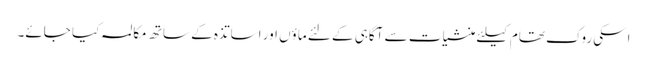
اسکی روک تھام کیلئے منشیات سے آگاہی کے لئے ماؤں اور اساتذہ کے ساتھ مکالمہ کیا جائے۔